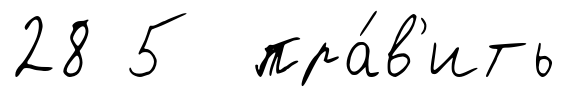
28 5 пра́в'ить